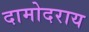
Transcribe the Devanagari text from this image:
दामोदराय